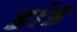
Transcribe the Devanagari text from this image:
डांड